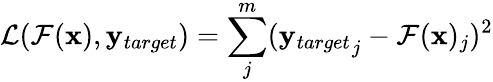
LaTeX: \mathcal{L}(\mathcal{F}(\mathbf{x}),\mathbf{y}_{target})=\sum_{j}^{m}({\mathbf{y}_{target}}_{j}-\mathcal{F}(\mathbf{x})_{j})^{2}